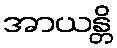
အာယန္တိ